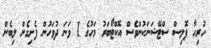
ހުރިހާ ޕޮލިސް ސްޓޭޝަނަކުންވެސް އޮކްޓޯބަރު މަހުގެ 1 ވަނަ ދުވަހުން ފެށިގެން ލިބެން